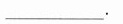
___.